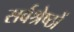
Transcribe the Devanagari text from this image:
सर्वश्रेष्ठों